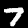
Digit: 7